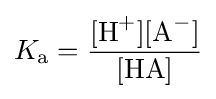
K_{\ce {a}}={\ce {\frac {[H^{+}][A^{-}]}{[HA]}}}